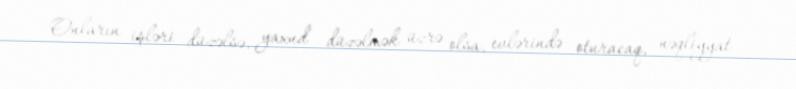
Onların işləri düzəlsə, yaxud düzəlmək üzrə olsa, evlərində oturacaq, nəqliyyat